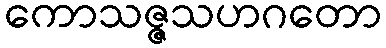
ကောသဇ္ဇသဟဂတော